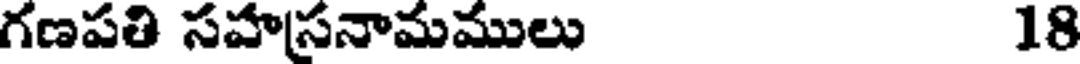
గణపతి సహస్రనామములు 18